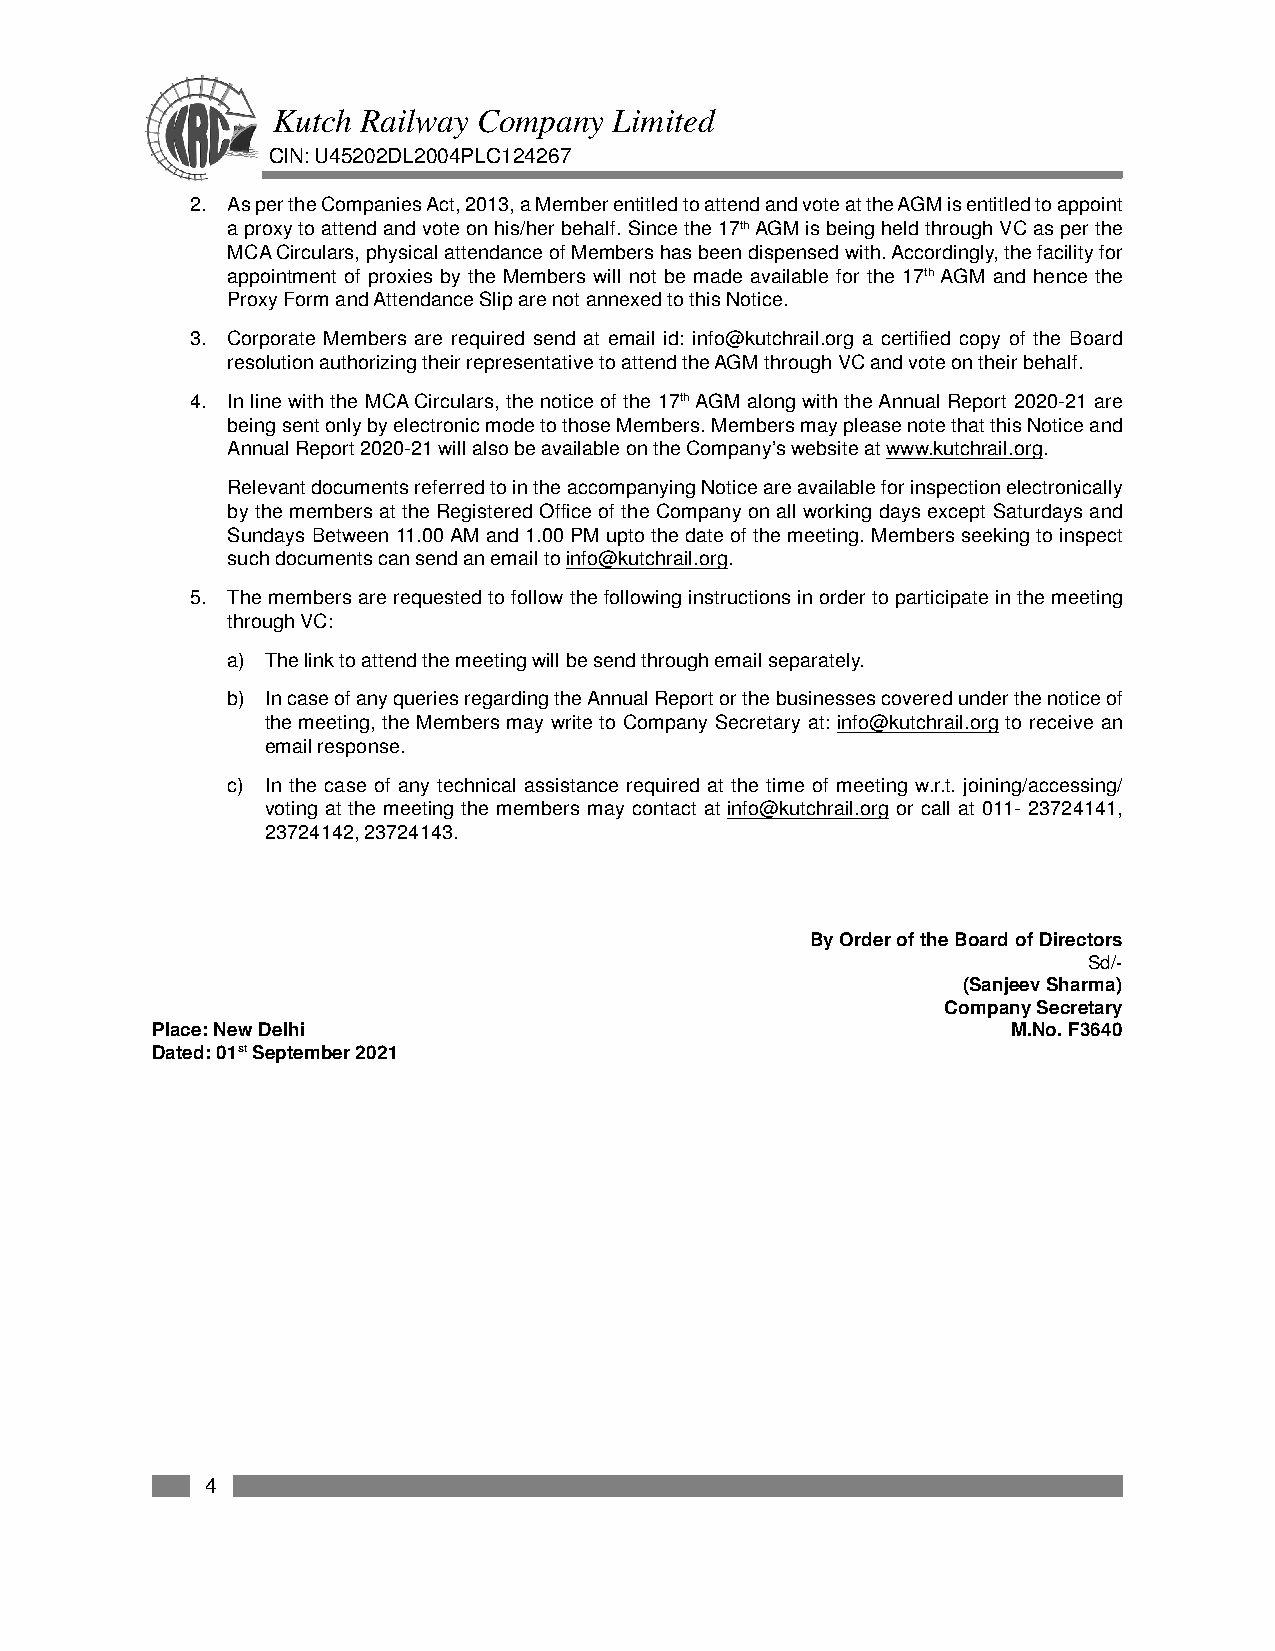
Kutch Railway Company  Limited
 CIN: U45202DL2004PLC124267
 2. As per the Companies Act, 2013, a Member entitled to attend and vote at the AGM is entitled to appoint
 a proxy to attend and vote on his/her behalf. Since the 17th AGM is being held through VC as per the
 MCA Circulars, physical attendance of Members has been dispensed with. Accordingly, the facility for
 appointment of proxies by the Members will not be made available for the 17th AGM and hence the
 Proxy Form and Attendance Slip are not annexed to this Notice.
 3. Corporate Members are required send at email id: info@kutchrail.org a certified copy of the Board
 resolution authorizing their representative to attend the AGM through VC and vote on their behalf.
 4. In line with the MCA Circulars, the notice of the 17th AGM along with the Annual Report 2020-21 are
 being sent only by electronic mode to those Members. Members may please note that this Notice and
 Annual Report 2020-21 will also be available on the Company’s website at www.kutchrail.org.
 Relevant documents referred to in the accompanying Notice are available for inspection electronically
 by the members at the Registered Office of the Company on all working days except Saturdays and
 Sundays Between 11.00 AM and 1.00 PM upto the date of the meeting. Members seeking to inspect
 such documents can send an email to info@kutchrail.org.
 5. The members are requested to follow the following instructions in order to participate in the meeting
 through VC:
 a) The link to attend the meeting will be send through email separately.
 b) In case of any queries regarding the Annual Report or the businesses covered under the notice of
 the meeting, the Members may write to Company Secretary at: info@kutchrail.org to receive an
 email response.
 c) In the case of any technical assistance required at the time of meeting w.r.t. joining/accessing/
 voting at the meeting the members may contact at info@kutchrail.org or call at 011- 23724141,
 23724142, 23724143.
 By Order of the Board of Directors
 Sd/-
 (Sanjeev Sharma)
 Company Secretary
 Place: New Delhi                                         M.No. F3640
 Dated: 01st September 2021
 4